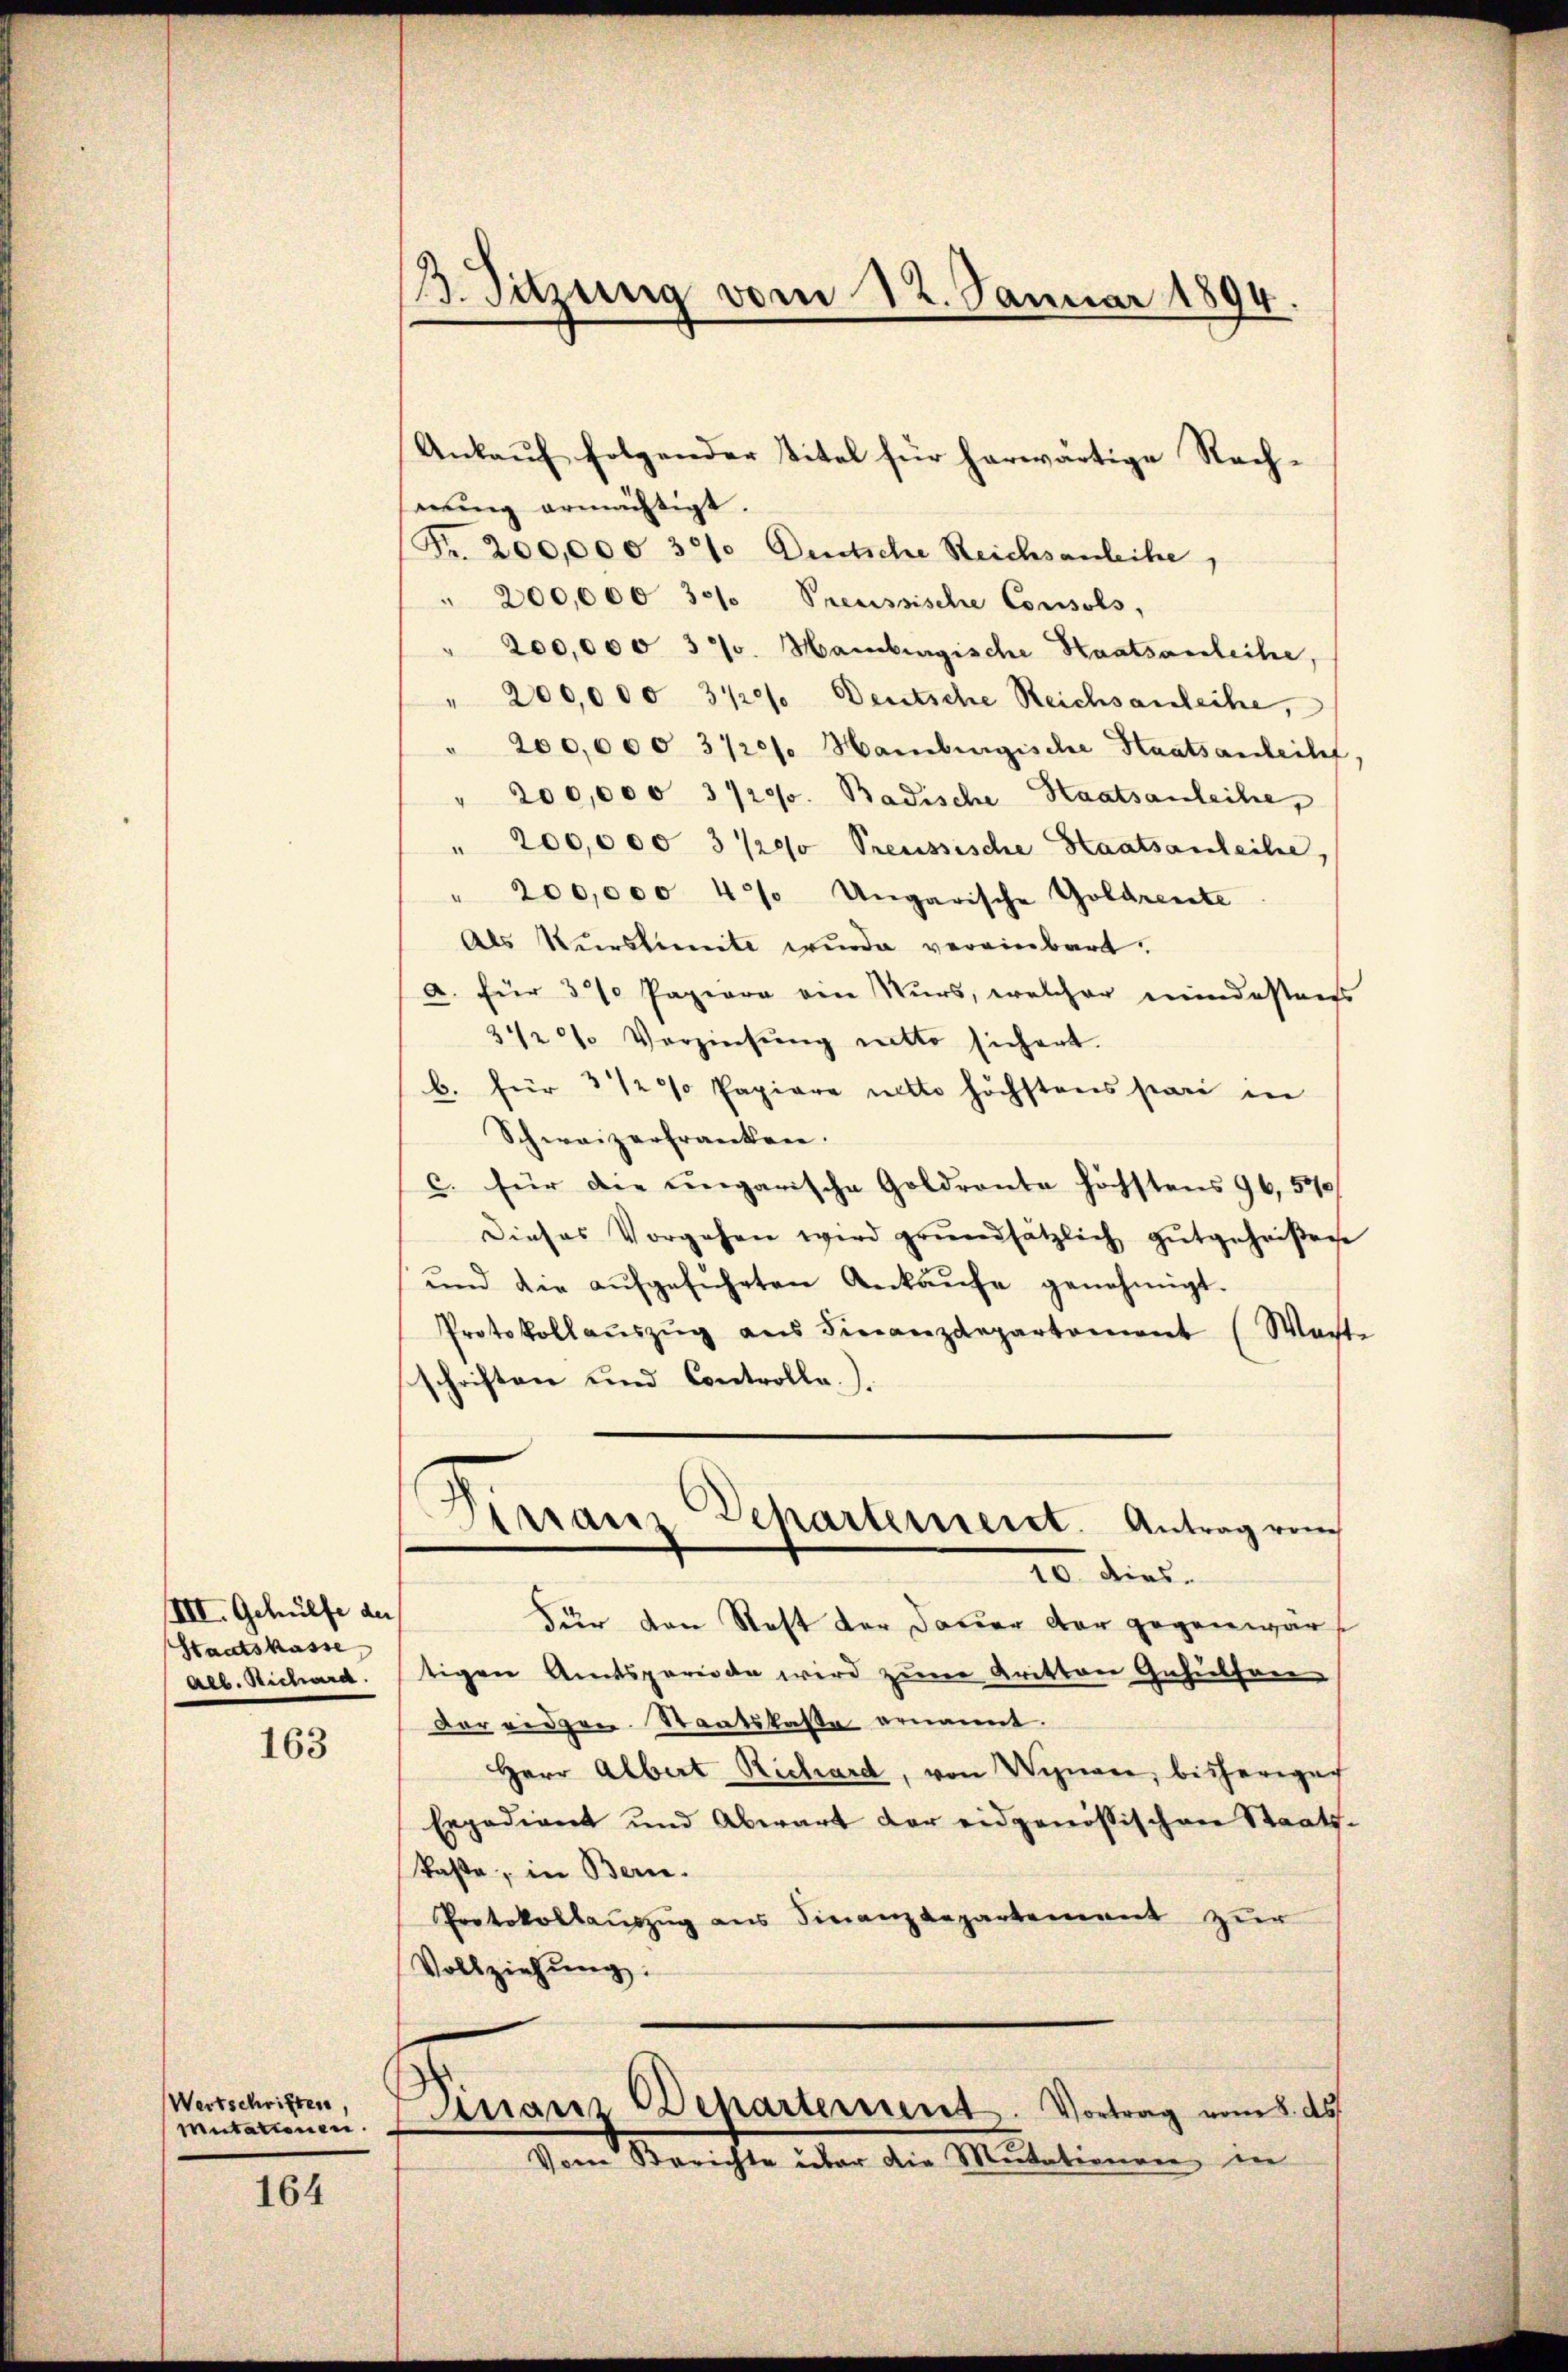
III. Gehülfe der
Staatskasse,
all. Richard.

163

Wertschriften
Mutationen.

164

1. Sitzung vom 12. Januar 1894.

Ankauf folgender Titel für herwärtige Rechmung ermächtigt.
Fr. 200,000 331. Deutsche Reichsanleihe
" 200,000 331. Preussische Consuls,
200,000 370. Hamburgische Staatsanleihe,
" 200,000 3 1/2% Deutsche Reichsanleihe,
" 200,000 3120/ Hamburgische Staatsanleiht.
" 200,000 3/20. Badische Staatsanleihe,
" 200,000 3 /20 Preussische Staatsanleihe,
" 200,000 4% Ungarische Goldrente
Als Kŭrslimite wurde vereinbart.
a. für 3% Papiere ein Nurs, welcher mindestens
3 1/2% Verzinsung netto sichert.
b. für 3 1/2% Papiere mitte höchstens pari in
Schweizerfranken.
c. für die ungarische Goldrante höchstens 96, 540
Dieses Vorgehen wird grŭndsätzlich gutgeheißen
und die aŭfgeführten Ankaŭfe genehmigt.
Protokollaŭszŭg aŭs Finanzdepartement (Warte
schriften und Controlle.)
Virranz Scharternent. Antrag vom
20. dies
Für den Rest der Dauer der gegenwärt
tigen Amtsperiode wird zum Kritten Gehilfere
vor eidgen. Staatskasse ernannt.
Herr Albert Richard, von Wigare, bisheriger
Expedient und Abwart der eidgenössischen Staats-
kaße, in Bern.
Protokollaŭszŭg ans Finanzdepartement zur
Vollziehung.
Dinanz Departement. Vortrag vom 8. ds.
Vom Berichte über die Mutationen in